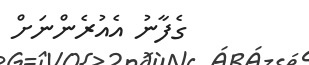
ގެފާނު އެއުރެންނަށް